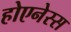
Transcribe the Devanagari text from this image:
होएनेस्स